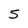
Character: 5